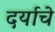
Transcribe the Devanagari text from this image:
दर्याचे